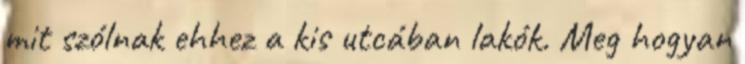
mit szólnak ehhez a kis utcában lakók. Meg hogyan